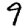
Digit: 9